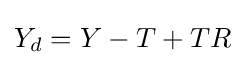
Y_{d}=Y-T+TR